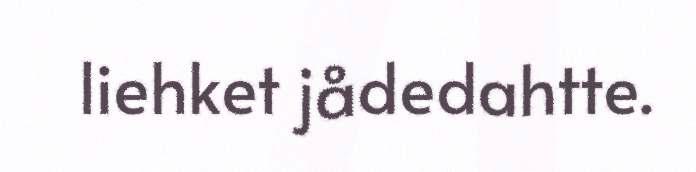
liehket jådedahtte.